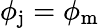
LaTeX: \phi_{\mathrm{j}}=\phi_{\mathrm{m}}